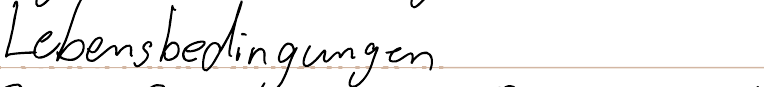
Lebensbedingungen